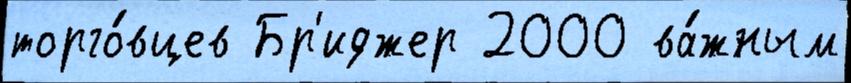
торго́вцев Бр'иджер 2000 ва́жным